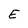
Character: E